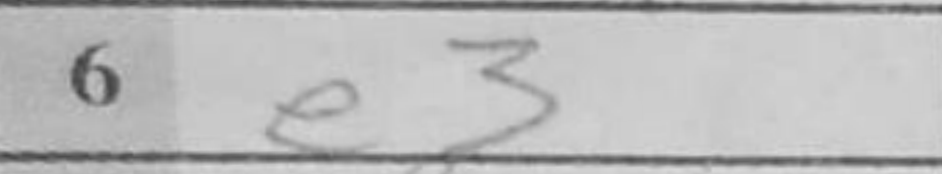
Transcription: e3